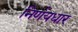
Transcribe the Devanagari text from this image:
निर्णयधार